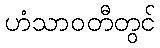
ဟံသာဝတီတွင်